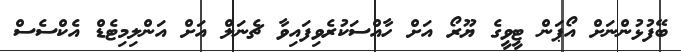
ބޭފުޅުންނަށް އޯޕަން ޓީވީގެ ޔޫރޯ އަށް ހާއްސަކުރެވިފައިވާ ޗެނަލް އަށް އަންލިމިޓެޑް އެކްސެސް